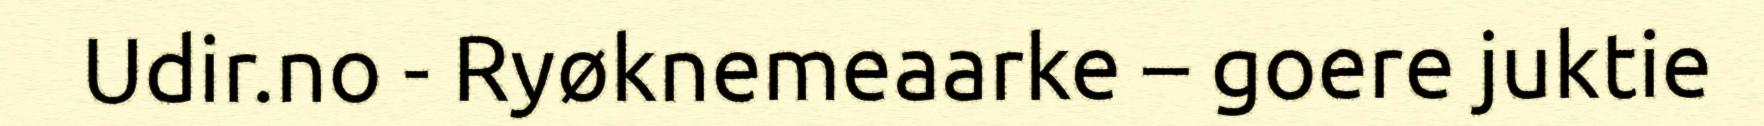
Udir.no - Ryøknemeaarke – goere juktie